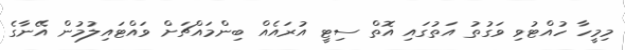
މިމީހާ ހުއްޓުވި ވަގުތު އަތުގައި އޮތް ސިޓީ އުރައެއް ބިންމައްޗަށް ވައްޓައިލުމުން އޭނާގެ